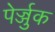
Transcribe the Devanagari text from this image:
पेर्ज्जुक